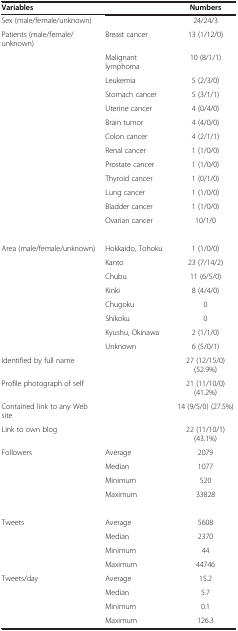
<table><thead><tr><td><b>Variables</b></td><td><b> </b></td><td><b>Numbers</b></td></tr></thead><tbody><tr><td>Sex (male/female/unknown)</td><td> </td><td>24/24/3</td></tr><tr><td>Patients (male/female/unknown)</td><td>Breast cancer</td><td>13 (1/12/0)</td></tr><tr><td> </td><td>Malignant lymphoma</td><td>10 (8/1/1)</td></tr><tr><td> </td><td>Leukemia</td><td>5 (2/3/0)</td></tr><tr><td> </td><td>Stomach cancer</td><td>5 (3/1/1)</td></tr><tr><td> </td><td>Uterine cancer</td><td>4 (0/4/0)</td></tr><tr><td> </td><td>Brain tumor</td><td>4 (4/0/0)</td></tr><tr><td> </td><td>Colon cancer</td><td>4 (2/1/1)</td></tr><tr><td> </td><td>Renal cancer</td><td>1 (1/0/0)</td></tr><tr><td> </td><td>Prostate cancer</td><td>1 (1/0/0)</td></tr><tr><td> </td><td>Thyroid cancer</td><td>1 (0/1/0)</td></tr><tr><td> </td><td>Lung cancer</td><td>1 (1/0/0)</td></tr><tr><td> </td><td>Bladder cancer</td><td>1 (1/0/0)</td></tr><tr><td> </td><td>Ovarian cancer</td><td>10/1/0</td></tr><tr><td> </td><td> </td><td> </td></tr><tr><td>Area (male/female/unknown)</td><td>Hokkaido, Tohoku</td><td>1 (1/0/0)</td></tr><tr><td> </td><td>Kanto</td><td>23 (7/14/2)</td></tr><tr><td> </td><td>Chubu</td><td>11 (6/5/0)</td></tr><tr><td> </td><td>Kinki</td><td>8 (4/4/0)</td></tr><tr><td> </td><td>Chugoku</td><td>0</td></tr><tr><td> </td><td>Shikoku</td><td>0</td></tr><tr><td> </td><td>Kyushu, Okinawa</td><td>2 (1/1/0)</td></tr><tr><td> </td><td>Unknown</td><td>6 (5/0/1)</td></tr><tr><td>Identified by full name</td><td> </td><td>27 (12/15/0) (52.9%)</td></tr><tr><td>Profile photograph of self</td><td> </td><td>21 (11/10/0) (41.2%)</td></tr><tr><td>Contained link to any Web site</td><td> </td><td>14 (9/5/0) (27.5%)</td></tr><tr><td>Link to own blog</td><td> </td><td>22 (11/10/1) (43.1%)</td></tr><tr><td>Followers</td><td>Average</td><td>2079</td></tr><tr><td> </td><td>Median</td><td>1077</td></tr><tr><td> </td><td>Minimum</td><td>520</td></tr><tr><td> </td><td>Maximum</td><td>33828</td></tr><tr><td> </td><td> </td><td> </td></tr><tr><td>Tweets</td><td>Average</td><td>5608</td></tr><tr><td> </td><td>Median</td><td>2370</td></tr><tr><td> </td><td>Minimum</td><td>44</td></tr><tr><td> </td><td>Maximum</td><td>44746</td></tr><tr><td>Tweets/day</td><td>Average</td><td>15.2</td></tr><tr><td> </td><td>Median</td><td>5.7</td></tr><tr><td> </td><td>Minimum</td><td>0.1</td></tr><tr><td> </td><td>Maximum</td><td>126.3</td></tr></tbody></table>